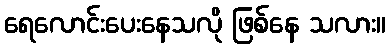
ရေလောင်းပေးနေသလို ဖြစ်နေ သလား။